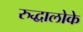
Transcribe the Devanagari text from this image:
रुद्धालोके